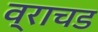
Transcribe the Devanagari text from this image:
व्राचड